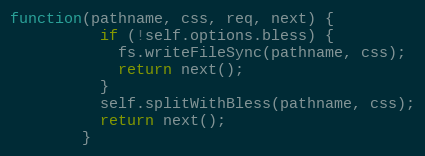
Language: JavaScript
function(pathname, css, req, next) {
          if (!self.options.bless) {
            fs.writeFileSync(pathname, css);
            return next();
          }
          self.splitWithBless(pathname, css);
          return next();
        }